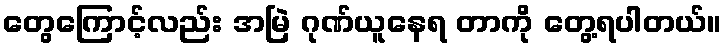
တွေကြောင့်လည်း အမြဲ ဂုဏ်ယူနေရ တာကို တွေ့ရပါတယ်။